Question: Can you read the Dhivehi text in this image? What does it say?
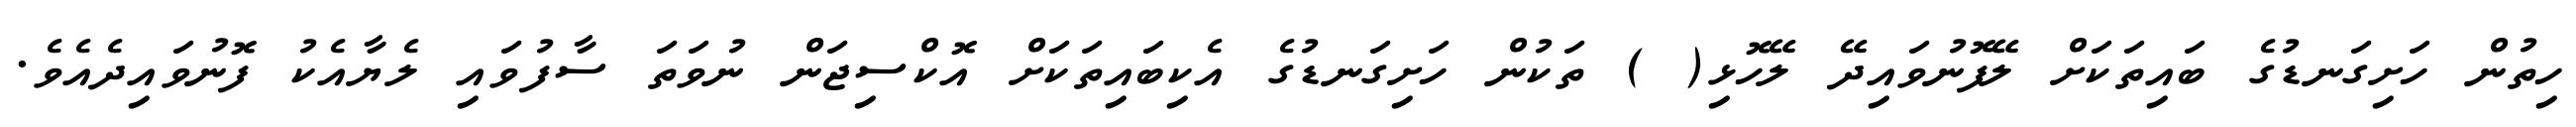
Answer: ހިތުން ހަށިގަނޑުގެ ބައިތަކަށް ލޭފޮނުވައިދޭ ލޭހޮޅި( ) ތަކުން ހަށިގަނޑުގެ އެކިބައިތަކަށް އޮކްސިޖަން ނުވަތަ ސާފުވައި ލެޔާއެކު ފޮނުވައިދެއެވެ.